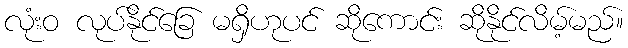
လုံးဝ လုပ်နိုင်ခြေ မရှိဟုပင် ဆိုကောင်း ဆိုနိုင်လိမ့်မည်။